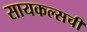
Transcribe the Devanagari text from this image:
सायकल्सची